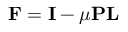
{ \bf F } = { \bf I } - \mu { \bf P } { \bf L }